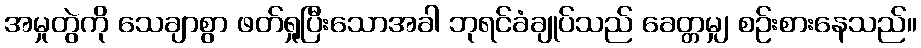
အမှုတွဲကို သေချာစွာ ဖတ်ရှုပြီးသောအခါ ဘုရင်ခံချုပ်သည် ခေတ္တမျှ စဉ်းစားနေသည်။